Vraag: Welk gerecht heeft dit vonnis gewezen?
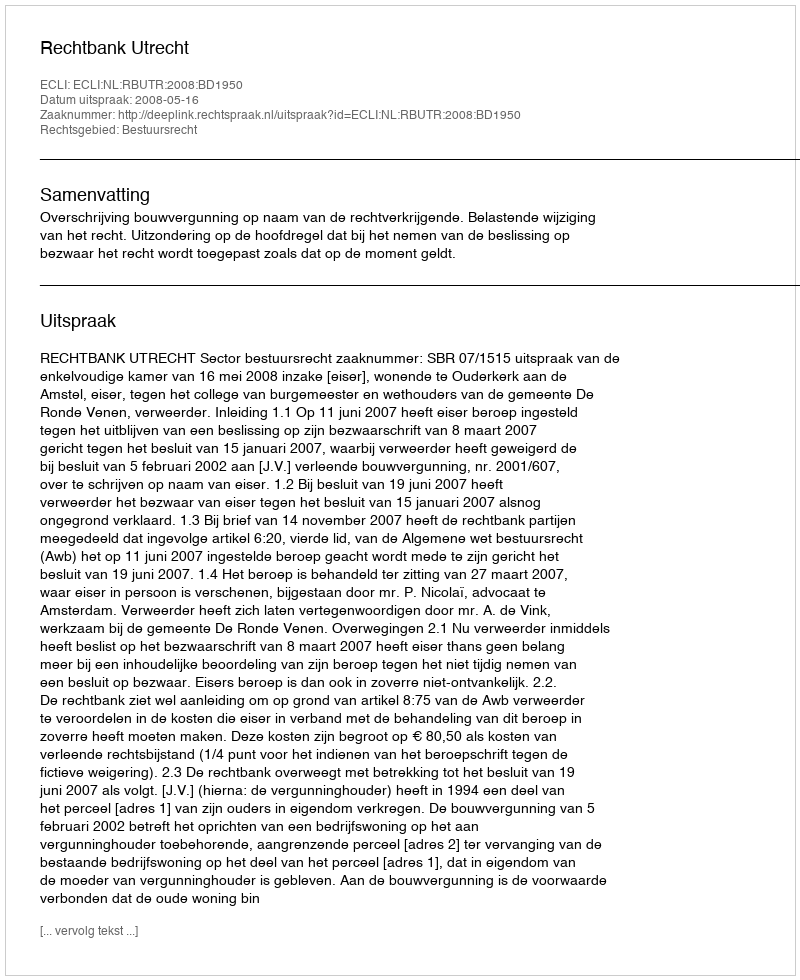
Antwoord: Rechtbank Utrecht